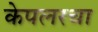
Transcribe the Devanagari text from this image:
केपलरचा